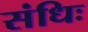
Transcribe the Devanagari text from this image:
संधिः